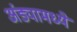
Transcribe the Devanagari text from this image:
अंड्यामध्ये